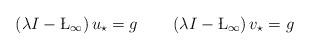
LaTeX: \begin{align*} \left(\lambda I-\L_{\infty}\right)u_{\star} = g\quad\quad\left(\lambda I-\L_{\infty}\right)v_{\star} = g \end{align*}